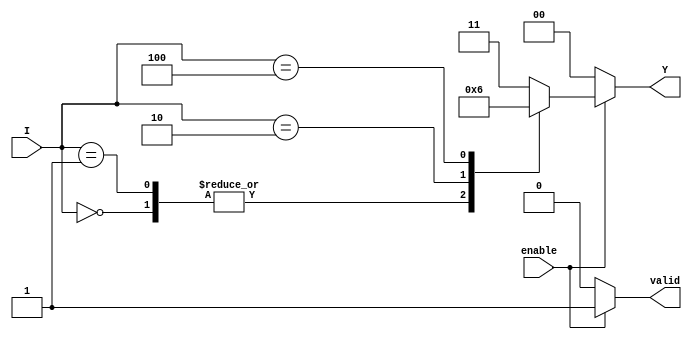
module encoder_4to2 (
    input wire [3:0] I,      // 4 input lines
    input wire enable,       // Enable signal
    output reg [1:0] Y,      // 2 output lines
    output reg valid         // Output valid signal
);

always @(*) begin
    if (!enable) begin
        Y = 2'b00;           // Default output when not enabled
        valid = 1'b0;       // Output not valid
    end else begin
        valid = 1'b1;        // Output valid when enabled
        case (I)
            4'b0000: Y = 2'b00; // No input active
            4'b0001: Y = 2'b00; // Input 0 active
            4'b0010: Y = 2'b01; // Input 1 active
            4'b0100: Y = 2'b10; // Input 2 active
            4'b1000: Y = 2'b11; // Input 3 active
            default: Y = 2'b11;  // Handle case of multiple inputs
        endcase
    end
end

endmodule